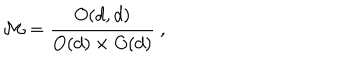
{ \cal M } = { \frac { O ( d , d ) } { O ( d ) \times O ( d ) } } \ ,